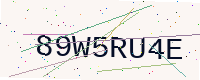
Text: 89W5RU4E